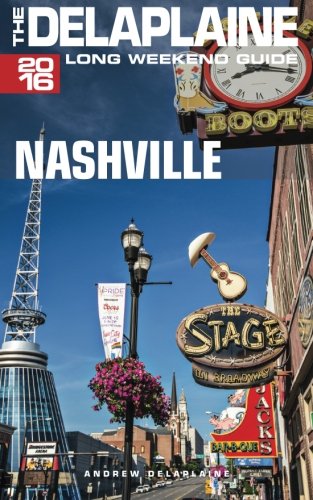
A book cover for NASHVILLE - The Delaplaine 2016 Long Weekend Guide (Long Weekend Guides); Andrew Delaplaine; Travel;